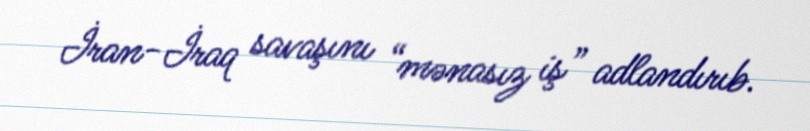
İran-İraq savaşını “mənasız iş” adlandırıb.